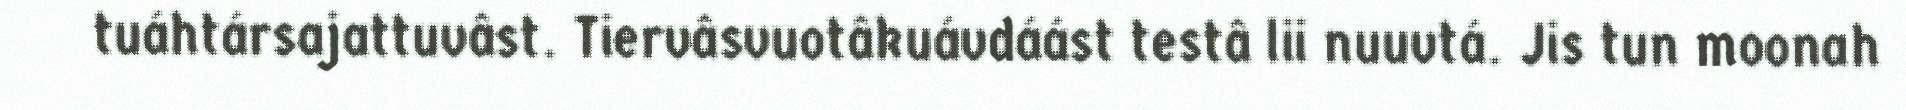
tuáhtársajattuvâst. Tiervâsvuotâkuávdáást testâ lii nuuvtá. Jis tun moonah